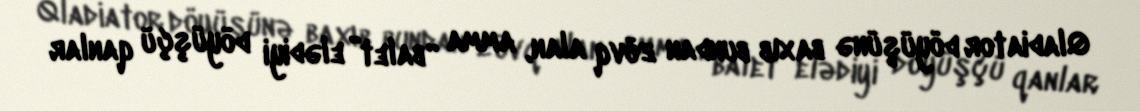
Qladiator döyüşünə baxıb bundan zövq alan, amma “balet” elədiyi döyüşçü qanlar